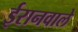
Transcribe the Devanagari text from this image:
ईरानवाले